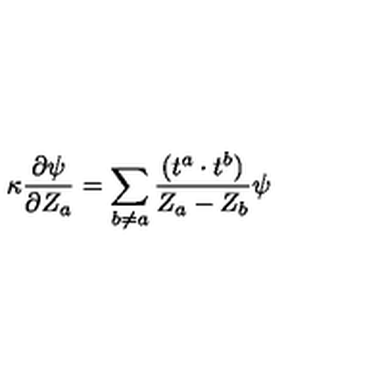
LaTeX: \kappa \frac { \partial \psi } { \partial Z _ { a } } = \sum _ { b \neq a } \frac { ( t ^ { a } \cdot t ^ { b } ) } { Z _ { a } - Z _ { b } } \psi